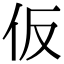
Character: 仮